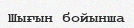
Шығын бойынша